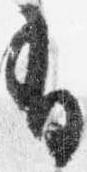
有